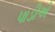
પાડીએ